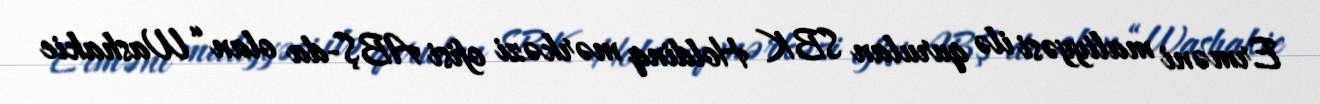
Erməni maliyyəsi ilə qurulan SBK Holdinq mərkəzi ofisi ABŞ-da olan “Washakie